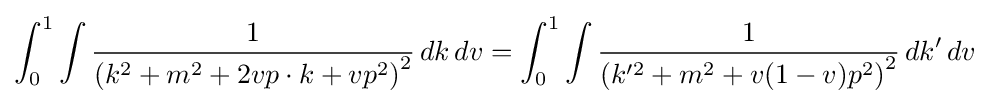
\int _{0}^{1}\int {\frac {1}{\left(k^{2}+m^{2}+2vp\cdot k+vp^{2}\right)^{2}}}\,dk\,dv=\int _{0}^{1}\int {\frac {1}{\left(k'^{2}+m^{2}+v(1-v)p^{2}\right)^{2}}}\,dk'\,dv